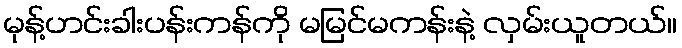
မုန့်ဟင်းခါးပန်းကန်ကို မမြင်မကန်းနဲ့ လှမ်းယူတယ်။